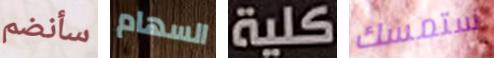
سأنضم السهام كلية ستمسك